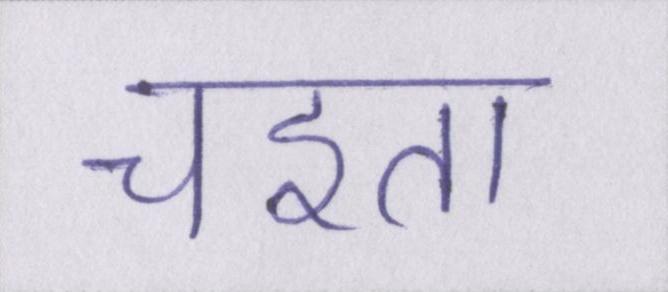
चइता